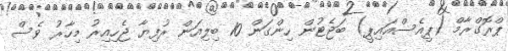
ޕްރޮގްރާމް (ޕީއެސްއައިޕީ) ބަޖެޓުން ހިންގަން 10 ބިލިއަން ރުފިޔާ ޖެހިއިރު މިހާރު ވެސް